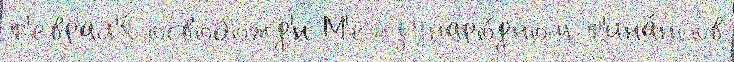
ф'еврал'я́ освобожд'́н М'еждунаро́дном ф'ина́нсов